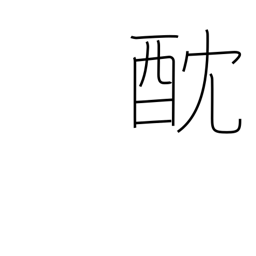
Meaning: poison